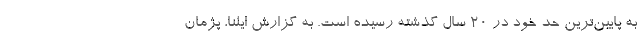
به پایین‌ترین حد خود در ۲۰ سال گذشته رسیده است. به گزارش ایلنا، پژمان